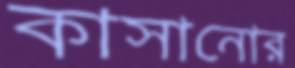
কাসানোর